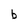
Character: b